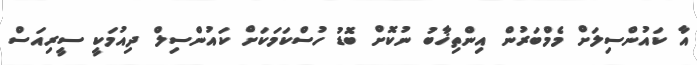
އާ ކައުންސިލަށް މެމްބަރުން އިންތިޚާބު ނުކޮށް ބޮޑު ހުސްކަމަކަށް ކައުންސިލް ދިއުމަކީ ސީރިއަސް